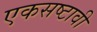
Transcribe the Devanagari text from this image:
एकसष्टावी